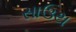
સાઉથ